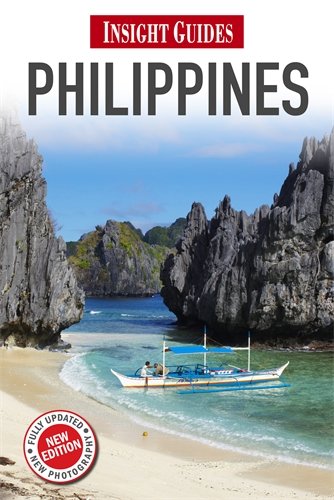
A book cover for Philippines (Insight Guides); Ralph Jennings; Travel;